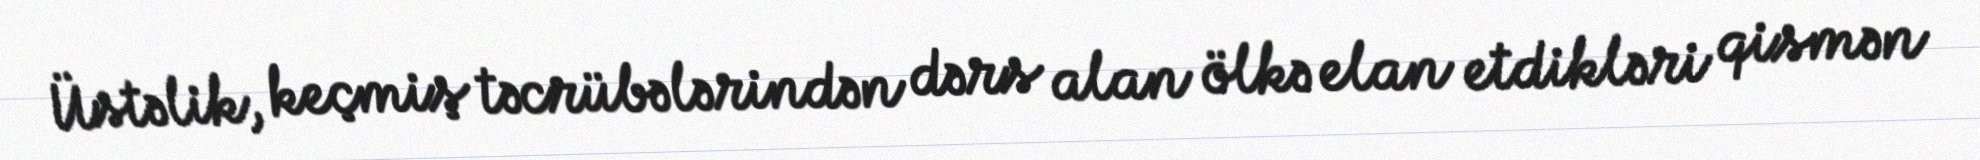
Üstəlik, keçmiş təcrübələrindən dərs alan ölkə elan etdikləri qismən